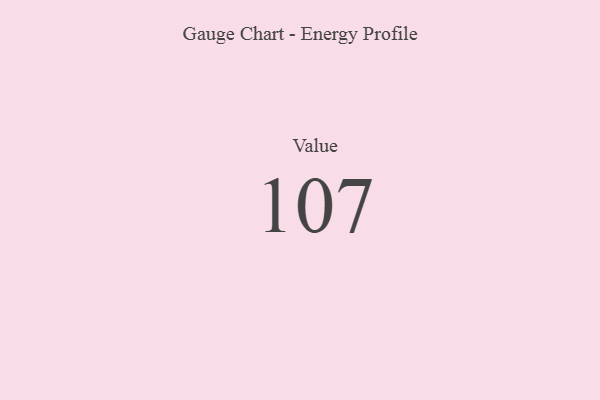
{"axis": {"x": "Metric", "y": "Value"}, "legend": [""], "data": [{"x": "Value", "y": 107, "type": ""}]}